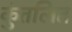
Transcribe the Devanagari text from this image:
कुंतलित